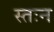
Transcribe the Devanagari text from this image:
स्तःन